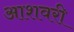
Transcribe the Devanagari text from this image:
आशवरी